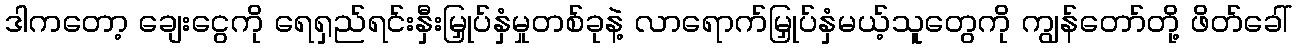
ဒါကတော့ ချေးငွေကို ရေရှည်ရင်းနှီးမြှုပ်နှံမှုတစ်ခုနဲ့ လာရောက်မြှုပ်နှံမယ့်သူတွေကို ကျွန်တော်တို့ ဖိတ်ခေါ်